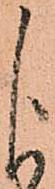
よ